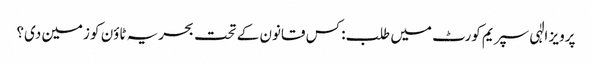
پرویز الٰہی سپریم کورٹ میں طلب: کس قانون کے تحت بحریہ ٹاؤن کو زمین دی؟